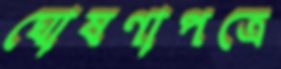
ঘোষণাপত্রে